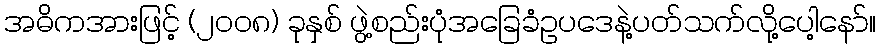
အဓိကအားဖြင့် (၂၀၀၈) ခုနှစ် ဖွဲ့စည်းပုံအခြေခံဥပဒေနဲ့ပတ်သက်လို့ပေါ့နော်။